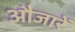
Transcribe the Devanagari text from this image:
औजारें